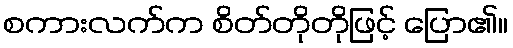
စကားလက်က စိတ်တိုတိုဖြင့် ပြော၏။